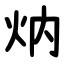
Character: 㶧